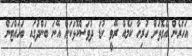
އަހަރެން އެގޮތަށް ހުރިހާ ކަމެއް ރޭވީ ކުޑަ ދުވަސްކޮޅަކަށް އޭނަ ބަންދުގައި ބަހައްޓަން